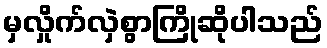
မှလှိုက်လှဲစွာကြိုဆိုပါသည်